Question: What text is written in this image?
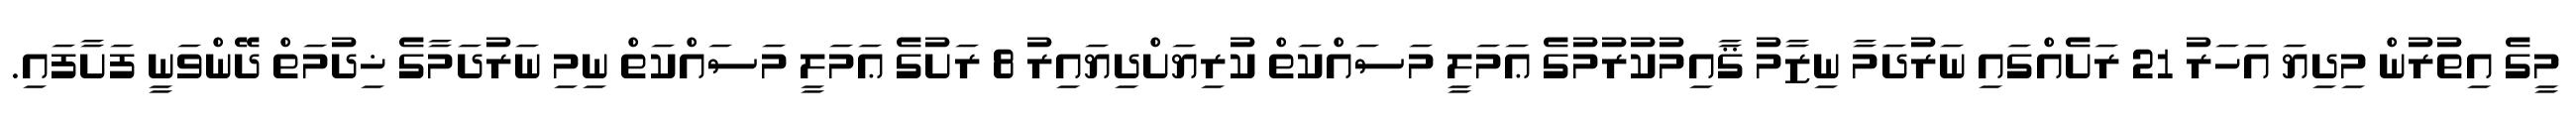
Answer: މީގެ އިތުރުން މިދިޔަ އަހަރު 21 ރަށެއްގައި ނަރުދަމާ ނިޒާމު ޤާއިމުކުރުމުގެ ޢަމަލީ މަސައްކަތް ކުރިޔަށްދިޔައިރު 8 ރަށުގެ ޢަމަލީ މަސައްކަތް ނިމި ނަރުދަމާގެ ޚިދުމަތް ދޭންވަނީ ފަށާފައި.